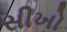
સીખો